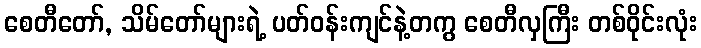
စေတီတော်, သိမ်တော်များရဲ့ ပတ်ဝန်းကျင်နဲ့တကွ စေတီလှကြီး တစ်ဝိုင်းလုံး